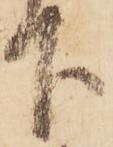
下